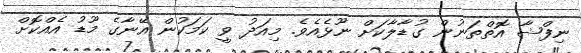
ނިފްޝާ އޮތްތަނުން ގުޑާލާކަށް ނޫޅެއެވެ. މިއަދު ވީ ކަމަކުން އޭނާގެ މޫޑު އެއްކޮށް